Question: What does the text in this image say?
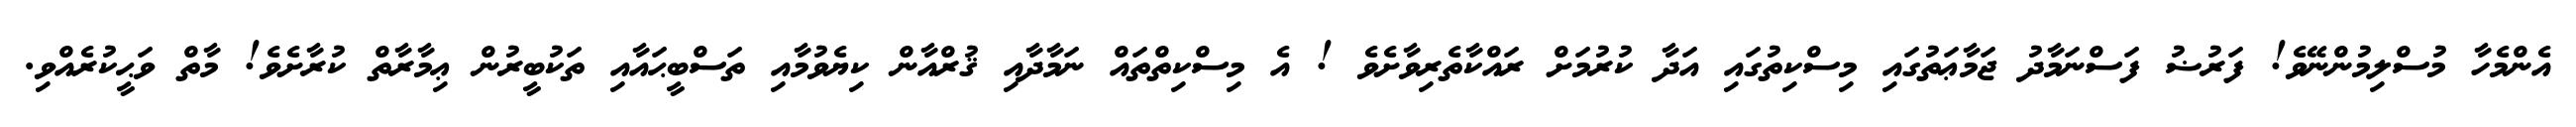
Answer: އެންމެހާ މުސްލިމުންނޭވެ! ފަރުޟު ފަސްނަމާދު ޖަމާޢަތުގައި މިސްކިތުގައި އަދާ ކުރުމަށް ރައްކާތެރިވާށެވެ ! އެ މިސްކިތްތައް ނަމާދާއި ޤުރްއާން ކިޔެވުމާއި ތަސްބީޙައާއި ތަކުބީރުން ޢިމާރާތް ކުރާށެވެ! މާތް ވަޙީކުރެއްވި.